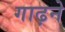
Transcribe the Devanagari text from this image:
गाढ़ने